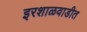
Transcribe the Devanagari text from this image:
इरशाळवाडीत